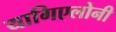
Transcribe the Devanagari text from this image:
यागिएलोनी